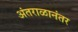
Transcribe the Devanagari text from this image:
अंतराळानंतर